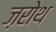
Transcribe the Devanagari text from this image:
ज़रोथ